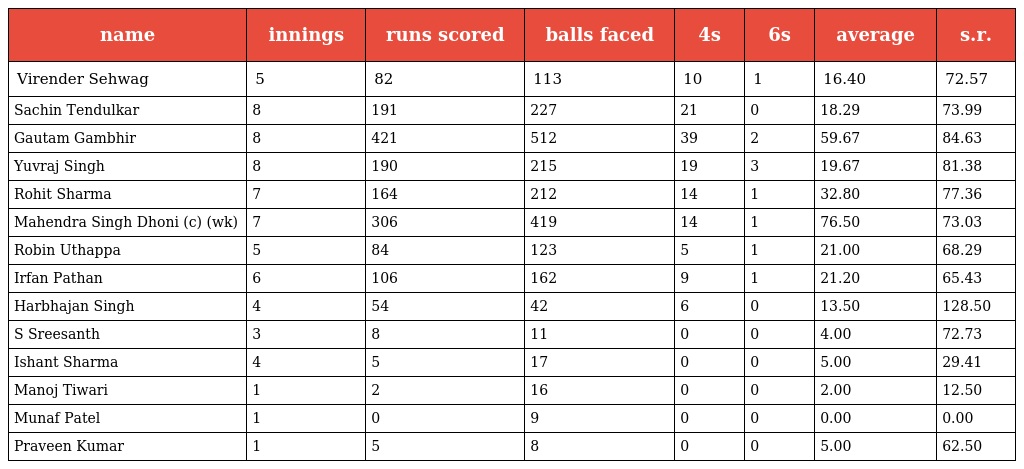
| name | innings | runs scored | balls faced | 4s | 6s | average | s.r. |
 | --- | --- | --- | --- | --- | --- | --- | --- |
 | Virender Sehwag | 5 | 82 | 113 | 10 | 1 | 16.40 | 72.57 |
 | Sachin Tendulkar | 8 | 191 | 227 | 21 | 0 | 18.29 | 73.99 |
 | Gautam Gambhir | 8 | 421 | 512 | 39 | 2 | 59.67 | 84.63 |
 | Yuvraj Singh | 8 | 190 | 215 | 19 | 3 | 19.67 | 81.38 |
 | Rohit Sharma | 7 | 164 | 212 | 14 | 1 | 32.80 | 77.36 |
 | Mahendra Singh Dhoni (c) (wk) | 7 | 306 | 419 | 14 | 1 | 76.50 | 73.03 |
 | Robin Uthappa | 5 | 84 | 123 | 5 | 1 | 21.00 | 68.29 |
 | Irfan Pathan | 6 | 106 | 162 | 9 | 1 | 21.20 | 65.43 |
 | Harbhajan Singh | 4 | 54 | 42 | 6 | 0 | 13.50 | 128.50 |
 | S Sreesanth | 3 | 8 | 11 | 0 | 0 | 4.00 | 72.73 |
 | Ishant Sharma | 4 | 5 | 17 | 0 | 0 | 5.00 | 29.41 |
 | Manoj Tiwari | 1 | 2 | 16 | 0 | 0 | 2.00 | 12.50 |
 | Munaf Patel | 1 | 0 | 9 | 0 | 0 | 0.00 | 0.00 |
 | Praveen Kumar | 1 | 5 | 8 | 0 | 0 | 5.00 | 62.50 |